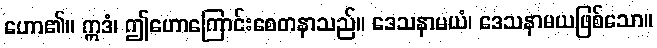
ဟော၏။ ဣဒံ၊ ဤဟောကြောင်းစေတနာသည်။ ဒေသနာမယံ၊ ဒေသနာမယဖြစ်သော။